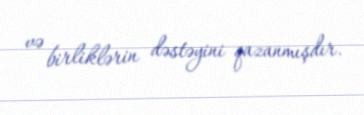
və birliklərin dəstəyini qazanmışdır.